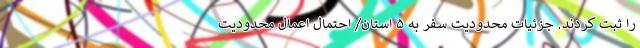
را ثبت کردند. جزئیات محدودیت سفر به ۵ استان/ احتمال اعمال محدودیت